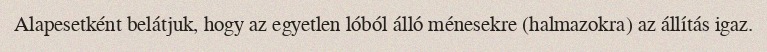
Alapesetként belátjuk, hogy az egyetlen lóból álló ménesekre (halmazokra) az állítás igaz.